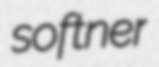
softner